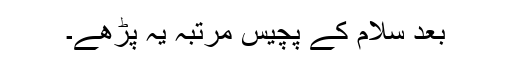
بعد سلام کے پچیس مرتبہ یہ پڑھے۔